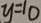
y = 1 0